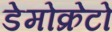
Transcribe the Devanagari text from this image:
डेमोक्रेटो